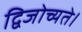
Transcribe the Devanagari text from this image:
द्विजोच्यते।